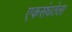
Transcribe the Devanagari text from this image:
एकसंधतेला